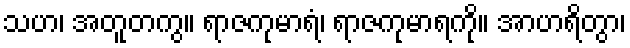
သဟ၊ အတူတကွ။ ရာဇကုမာရံ၊ ရာဇကုမာရကို။ အာဟရိတွာ၊